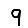
Digit: 9